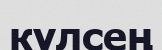
күлсең